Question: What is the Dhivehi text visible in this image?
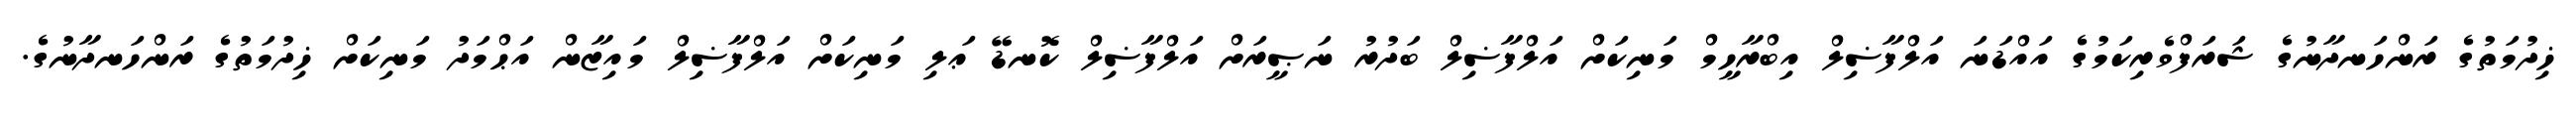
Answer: ޚިދުމަތުގެ ރަންހަނދާނުގެ ޝަރަފްވެރިކަމުގެ އައްޑަނަ އަލްފާޟިލް އިބްރާހީމް މަނިކަށް އަލްފާޟިލް ބަދުރު ނަޞީރަށް އަލްފާޟިލް ކޮނޑޭ ޢަލި މަނިކަށް އަލްފާޟިލް މައިޒާން އަޙްމަދު މަނިކަށް ޚިދުމަތުގެ ރަންހަނދާނުގެ.